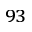
^ { 9 3 }